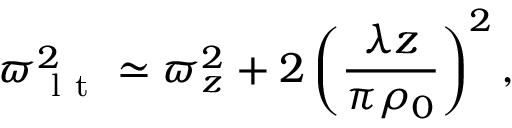
\varpi _ { \mathrm { ~ l ~ t ~ } } ^ { 2 } \simeq \varpi _ { z } ^ { 2 } + 2 \left( \frac { \lambda z } { \pi \rho _ { 0 } } \right) ^ { 2 } ,